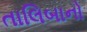
તાલિબાનો